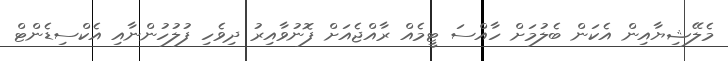
މެލޭޝިޔާއިން އެކަން ބެލުމަށް ހާއްސަ ޓީމެއް ރާއްޖެއަށް ފޮނުވާއިރު ދިވެހި ފުލުހުންނާއި އެކްސިޑެންޓް